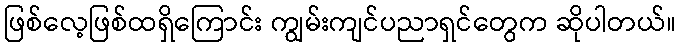
ဖြစ်လေ့ဖြစ်ထရှိကြောင်း ကျွမ်းကျင်ပညာရှင်တွေက ဆိုပါတယ်။